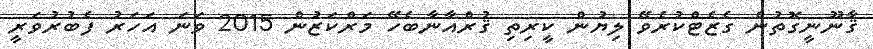
ޤާނޫނީގޮތުން ގެޒެޓްކުރެވޭ ލިޔުން ކީރިތި ޤުރްއާނާބެހޭ މަރްކަޒުން 2015 ވަނަ އަހަރު ފެބުރުވަރީ